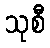
သုစီ